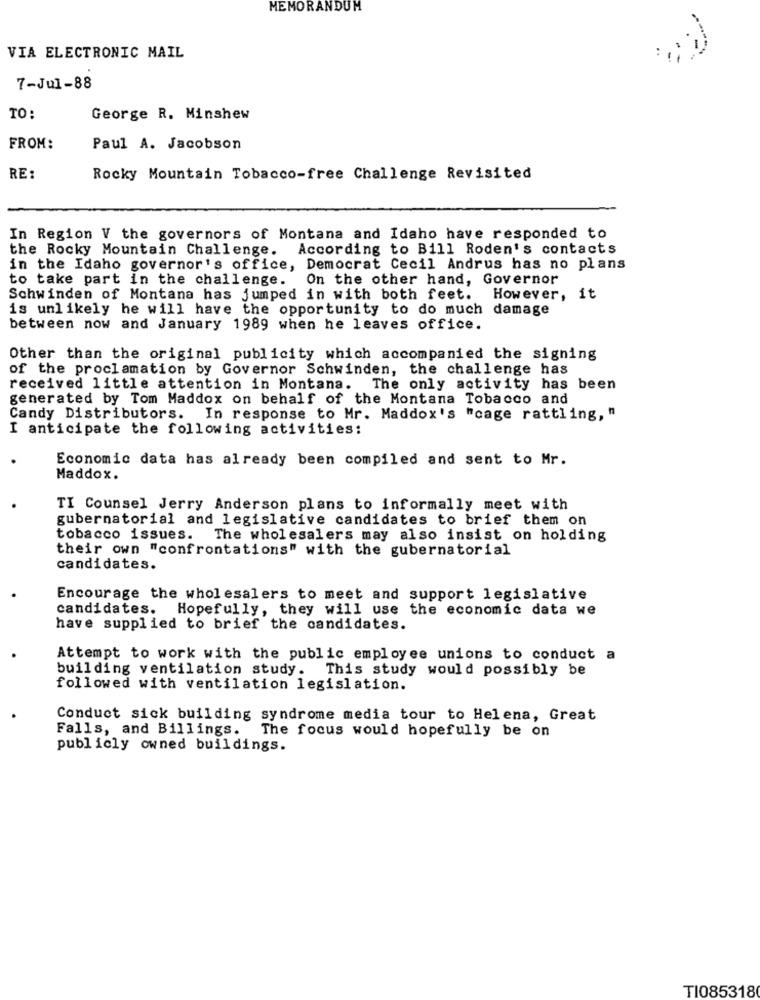
MEMORANDUM
VIA ELECTRONIC MAIL
7-Jul-88
TO:
George R. Minshew
FROM:
Paul A. Jacobson
RE:
Rocky Mountain Tobacco-free Challenge Revisited
In Region V the governors of Montana and Idaho have responded to
the Rocky Mountain Challenge. According to Bill Roden's contacts
in the Idaho governor's office, Democrat Cecil Andrus has no plans
to take part in the challenge. On the other hand, Governor
Schwinden of Montana has jumped in with both feet. However, it
is unlikely he will have the opportunity to do much damage
between now and January 1989 when he leaves office.
Other than the original publicity which accompanied the signing
of the proclamation by Governor Schwinden, the challenge has
received little attention in Montana. The only activity has been
generated by Tom Maddox on behalf of the Montana Tobacco and
Candy Distributors. In response to Mr. Maddox's "cage rattling, "
I anticipate the following activities:
Economic data has already been compiled and sent to Mr.
Maddox.
TI Counsel Jerry Anderson plans to informally meet with
gubernatorial and legislative candidates to brief them on
tobacco issues.
The wholesalers may also insist on holding
their own "confrontations" with the gubernatorial
candidates.
Encourage the wholesalers to meet and support legislative
candidates. Hopefully, they will use the economic data we
have supplied to brief the candidates.
Attempt to work with the public employee unions to conduct a
building ventilation study. This study would possibly be
followed with ventilation legislation.
Conduct sick building syndrome media tour to Helena, Great
Falls, and Billings. The focus would hopefully be on
publicly owned buildings.
TI085318